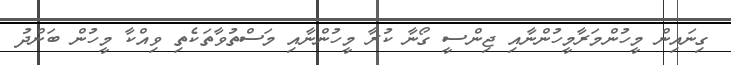
ގިނައިން މީހުންމަރާމީހުންނާއި ޖިންސީ ގޯނާ ކުރާ މީހުންނާއި މަސްތުވާތަކެތި ވިއްކާ މީހުން ބަންދު